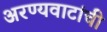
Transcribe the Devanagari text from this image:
अरण्यवाटांची